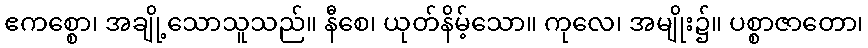
ဧကစ္စော၊ အချို့သောသူသည်။ နီစေ၊ ယုတ်နိမ့်သော။ ကုလေ၊ အမျိုး၌။ ပစ္စာဇာတော၊